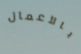
بالأعمال